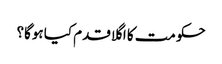
حکومت کا اگلا قدم کیا ہوگا؟